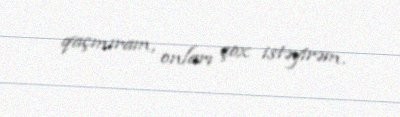
qaçmıram, onları çox istəyirəm.